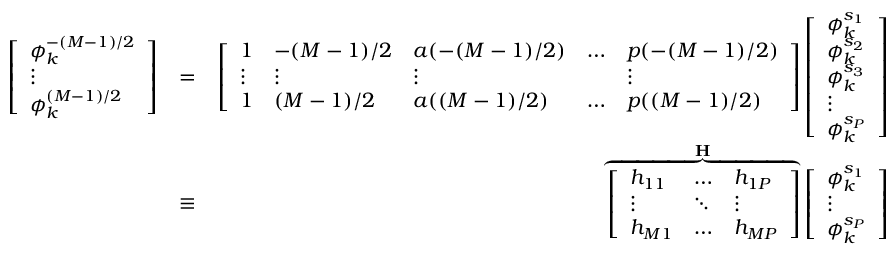
\begin{array} { r l r } { \left[ \begin{array} { l } { \phi _ { k } ^ { - ( M { - } 1 ) / 2 } } \\ { \vdots } \\ { \phi _ { k } ^ { ( M { - } 1 ) / 2 } } \end{array} \right] } & { = } & { \left[ \begin{array} { l l l l l } { 1 } & { - ( M - 1 ) / 2 } & { a { ( - ( M - 1 ) / 2 ) } } & { \hdots } & { p { ( - ( M - 1 ) / 2 ) } } \\ { \vdots } & { \vdots } & { \vdots } & & { \vdots } \\ { 1 } & { ( M - 1 ) / 2 } & { a { ( ( M - 1 ) / 2 ) } } & { \hdots } & { p { ( ( M - 1 ) / 2 ) } } \end{array} \right] \left[ \begin{array} { l } { \phi _ { k } ^ { s _ { 1 } } } \\ { \phi _ { k } ^ { s _ { 2 } } } \\ { \phi _ { k } ^ { s _ { 3 } } } \\ { \vdots } \\ { \phi _ { k } ^ { s _ { P } } } \end{array} \right] } \\ & { \equiv } & { \overbrace { \left[ \begin{array} { l l l } { h _ { 1 1 } } & { \hdots } & { h _ { 1 P } } \\ { \vdots } & { \ddots } & { \vdots } \\ { h _ { M 1 } } & { \hdots } & { h _ { M P } } \end{array} \right] } ^ { \mathbf { H } } \left[ \begin{array} { l } { \phi _ { k } ^ { s _ { 1 } } } \\ { \vdots } \\ { \phi _ { k } ^ { s _ { P } } } \end{array} \right] } \end{array}